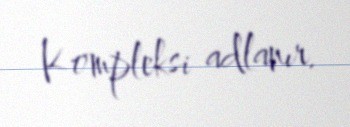
Kompleksi adlanır.